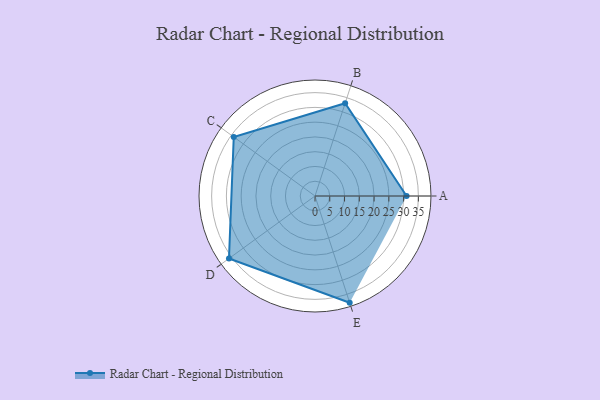
{"axis": {"x": "Skill", "y": "Score"}, "legend": ["Profile"], "data": [{"x": "A", "y": 31.0, "type": "Profile"}, {"x": "B", "y": 33.0, "type": "Profile"}, {"x": "C", "y": 34.0, "type": "Profile"}, {"x": "D", "y": 36.0, "type": "Profile"}, {"x": "E", "y": 38.0, "type": "Profile"}]}